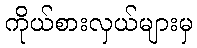
ကိုယ်စားလှယ်များမှ